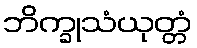
ဘိက္ခုသံယုတ္တံ